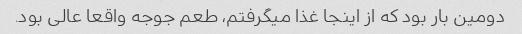
دومین بار بود که از اینجا غذا میگرفتم، طعم جوجه واقعا عالی بود.